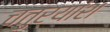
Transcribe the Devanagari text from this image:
चतुर्यांश